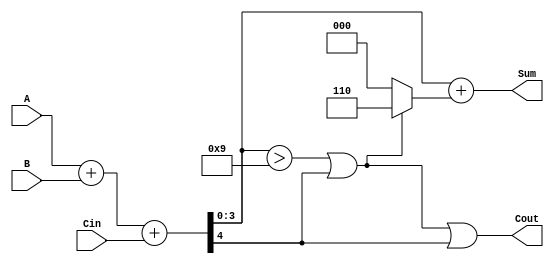
module BCD_Fast_Adder (
    input wire [3:0] A,        // First BCD digit
    input wire [3:0] B,        // Second BCD digit
    input wire Cin,            // Carry-in
    output wire [3:0] Sum,     // BCD Sum output
    output wire Cout           // Carry-out
);

    wire [4:0] TempSum;        // 5-bit for holding the sum of A, B, and Cin
    wire [4:0] CorrectedSum;   // 5-bit for holding the corrected sum
    wire Add6;                 // Whether we need to add 6
    wire Cin_Over;             // Internal carry out for the initial sum

    // Step 1: Perform binary addition
    assign TempSum = A + B + Cin;  // Sum the inputs (4 + 4 + 1 = 5 bits)

    // Step 2: Determine if correction is needed
    assign Add6 = (TempSum[3:0] > 4'b1001) || TempSum[4]; // Check if correction is needed

    // Step 3: Perform the correction if necessary
    assign CorrectedSum = TempSum + (Add6 ? 5'b00110 : 5'b00000); // Add 6 if needed

    // Final outputs
    assign Sum = CorrectedSum[3:0];        // The lower 4 bits are the valid BCD sum
    assign Cout = Add6 || TempSum[4];      // Cout is high if correction was needed or an overflow occurred

endmodule